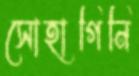
সোহাগিনি